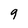
Character: 9